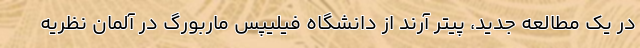
در یک مطالعه جدید، پیتر آرند از دانشگاه فیلیپس ماربورگ در آلمان نظریه